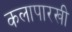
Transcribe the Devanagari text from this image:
कलापारखी